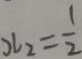
x _ { 2 } = \frac { 1 } { 2 }